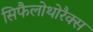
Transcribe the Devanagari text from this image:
सिफैलोथोरैक्स